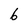
Character: 6